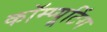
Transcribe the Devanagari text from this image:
कॉम्प्यूटिंग